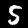
Digit: 5